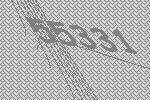
55331